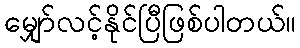
မျှော်လင့်နိုင်ပြီဖြစ်ပါတယ်။